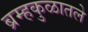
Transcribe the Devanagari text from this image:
ब्रम्हकुळातले